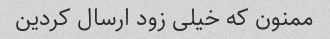
ممنون که خیلی زود ارسال کردین